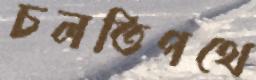
চলতিপথে